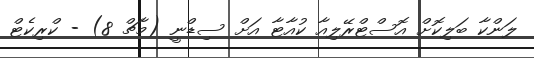
ލަންކާ ބަލިކޮށް އޮސްޓްރޭލިއާ ކުއާޓާ އަށް ސިޑްނީ (މާޗް 8) - ކްރިކެޓް